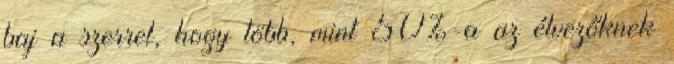
baj a szerrel, hogy több, mint 50%-a az élvezőknek